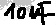
Text: 10uF